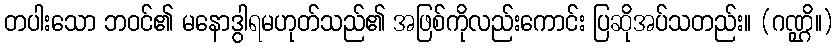
တပါးသော ဘဝင်၏ မနောဒွါရမဟုတ်သည်၏ အဖြစ်ကိုလည်းကောင်း ပြဆိုအပ်သတည်း။ (ဂဏ္ဌိ။)